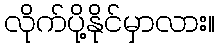
လိုက်ပို့နိုင်မှာလား။